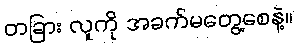
တခြား လူကို အခက်မတွေ့စေနဲ့။